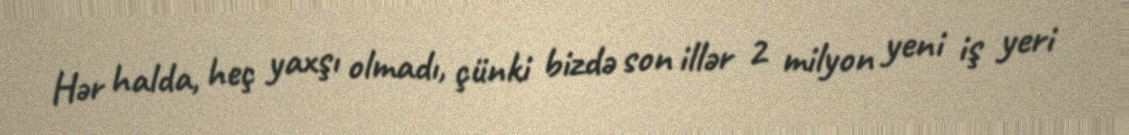
Hər halda, heç yaxşı olmadı, çünki bizdə son illər 2 milyon yeni iş yeri